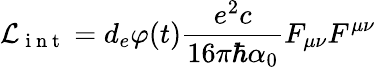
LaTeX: \mathcal{L}_{\mathrm{~i~n~t~}}=d_{e}\varphi(t)\frac{e^{2}c}{16\pi\hbar\alpha_{0}}F_{\mu\nu}F^{\mu\nu}